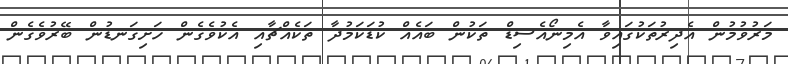
މަރުވުމުން އެދިރުތަކުގައިވާ އެމިނޯއެސިޑް ތަކުން ބައެއް ކުޑަކަމުދާ ތަކެއްޗާއި އެކުވެގެން ހަށިގަނޑުން ބޭރުވެގެން